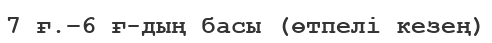
7 ғ.–6 ғ-дың басы (өтпелі кезең)